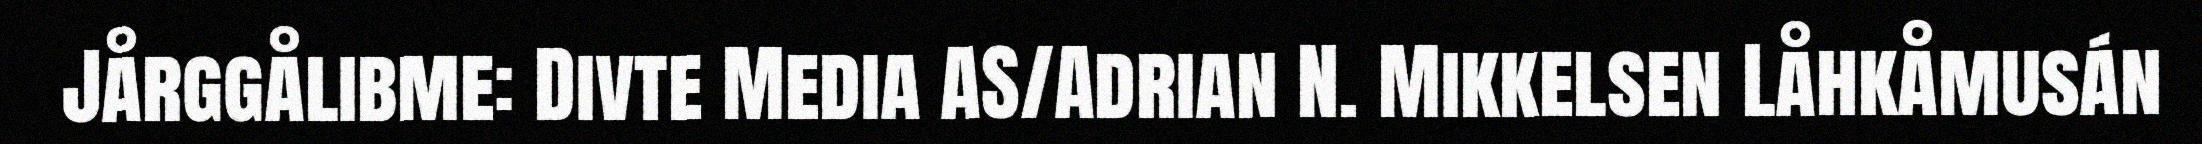
Jårggålibme: Divte Media AS/Adrian N. Mikkelsen Låhkåmusán